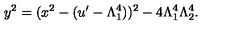
y ^ { 2 } = ( x ^ { 2 } - ( u ^ { \prime } - \Lambda _ { 1 } ^ { 4 } ) ) ^ { 2 } - 4 \Lambda _ { 1 } ^ { 4 } \Lambda _ { 2 } ^ { 4 } .